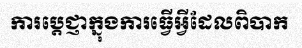
ការប្តេជ្ញាក្នុងការធ្វើអ្វីដែលពិបាក